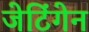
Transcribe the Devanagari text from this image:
जेटिंगेन